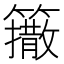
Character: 𰪟